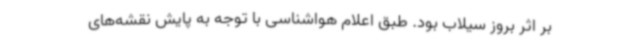
بر اثر بروز سیلاب بود. طبق اعلام هواشناسی با توجه به پایش نقشه‌های